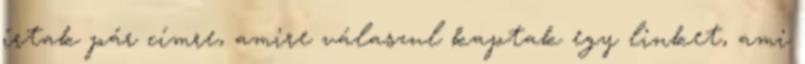
írtak pár címre, amire válaszul kaptak egy linket, ami